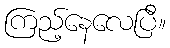
ကြည့်နေလေပြီ။